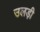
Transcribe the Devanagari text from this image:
उलड़ी